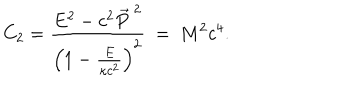
LaTeX: C _ { 2 } = \frac { E ^ { 2 } - c ^ { 2 } \vec { P } ^ { \ 2 } } { \left( 1 - \frac { E } { \kappa c ^ { 2 } } \right) ^ { 2 } } \ = \ M ^ { 2 } c ^ { 4 } .